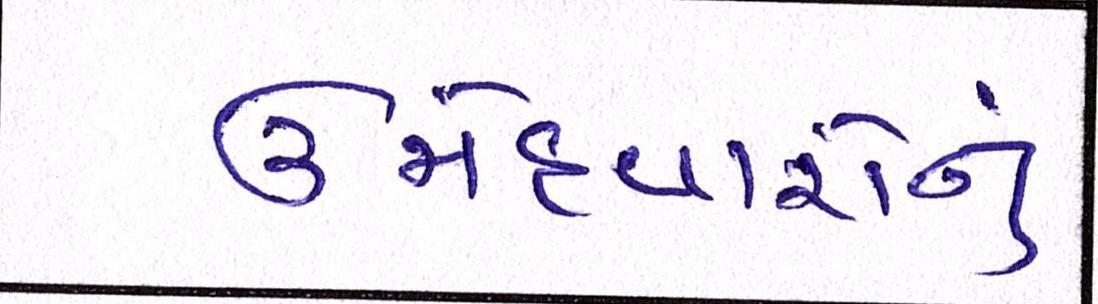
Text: ઉમેદવારોનું